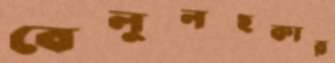
বেলুনহকার